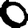
Digit: 0